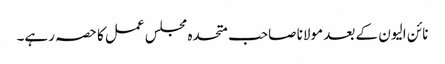
نائن الیون کے بعد مولانا صاحب متحدہ مجلس عمل کا حصہ رہے۔